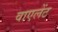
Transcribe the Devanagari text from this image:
वाएलेंट